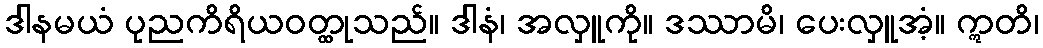
ဒါနမယံ ပုညကိရိယဝတ္ထုသည်။ ဒါနံ၊ အလှူကို။ ဒဿာမိ၊ ပေးလှူအံ့။ ဣတိ၊